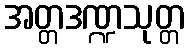
အတ္တဒဏ္ဍသုတ္တ